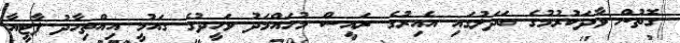
ގޮތުން ވާދަކުރުމުގެ ބަދަލުގައި އެއިރުގެ ރައީސް މުހައްމަދު ވަހީދުގެ ގައުމީ އިއްތިހާދު ޕާޓީއާ